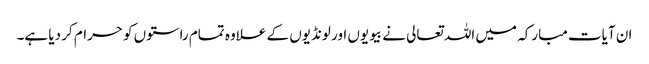
ان آیات مبارکہ میں اللہ تعالی نے بیویوں اور لونڈیوں کے علاوہ تمام راستوں کو حرام کر دیا ہے۔